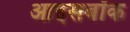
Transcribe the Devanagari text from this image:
आइसबॉक